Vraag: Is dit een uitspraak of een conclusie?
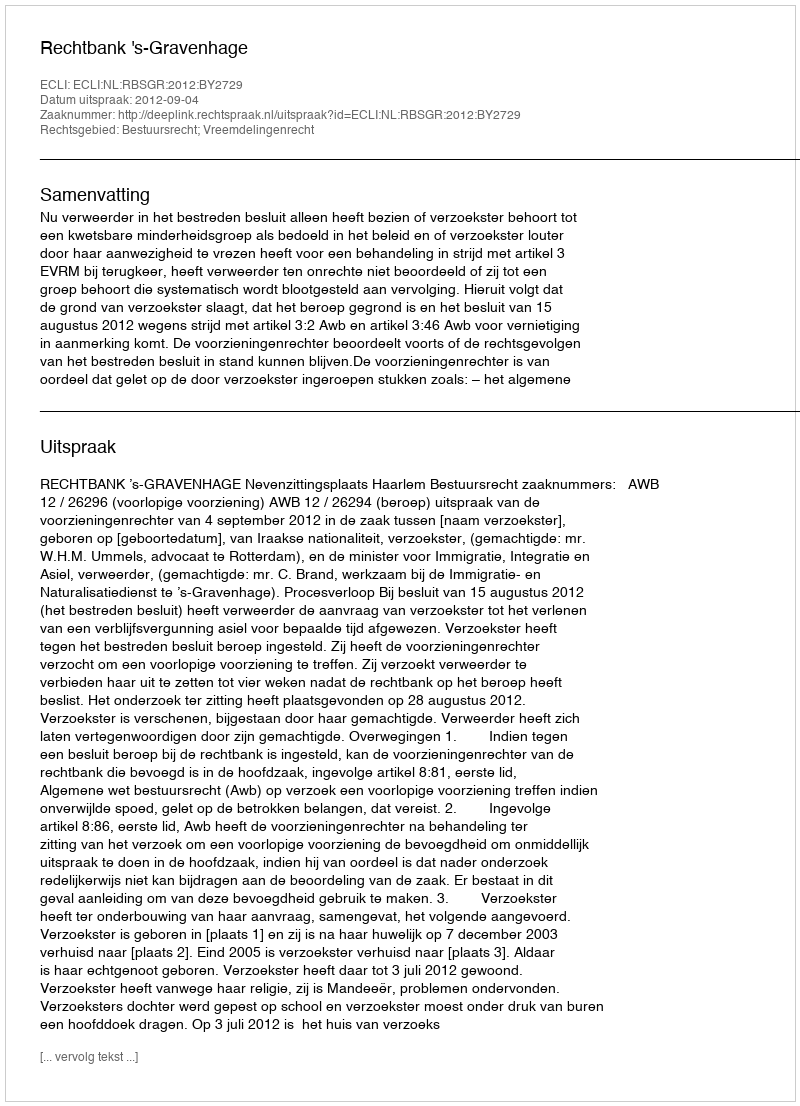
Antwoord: Uitspraak